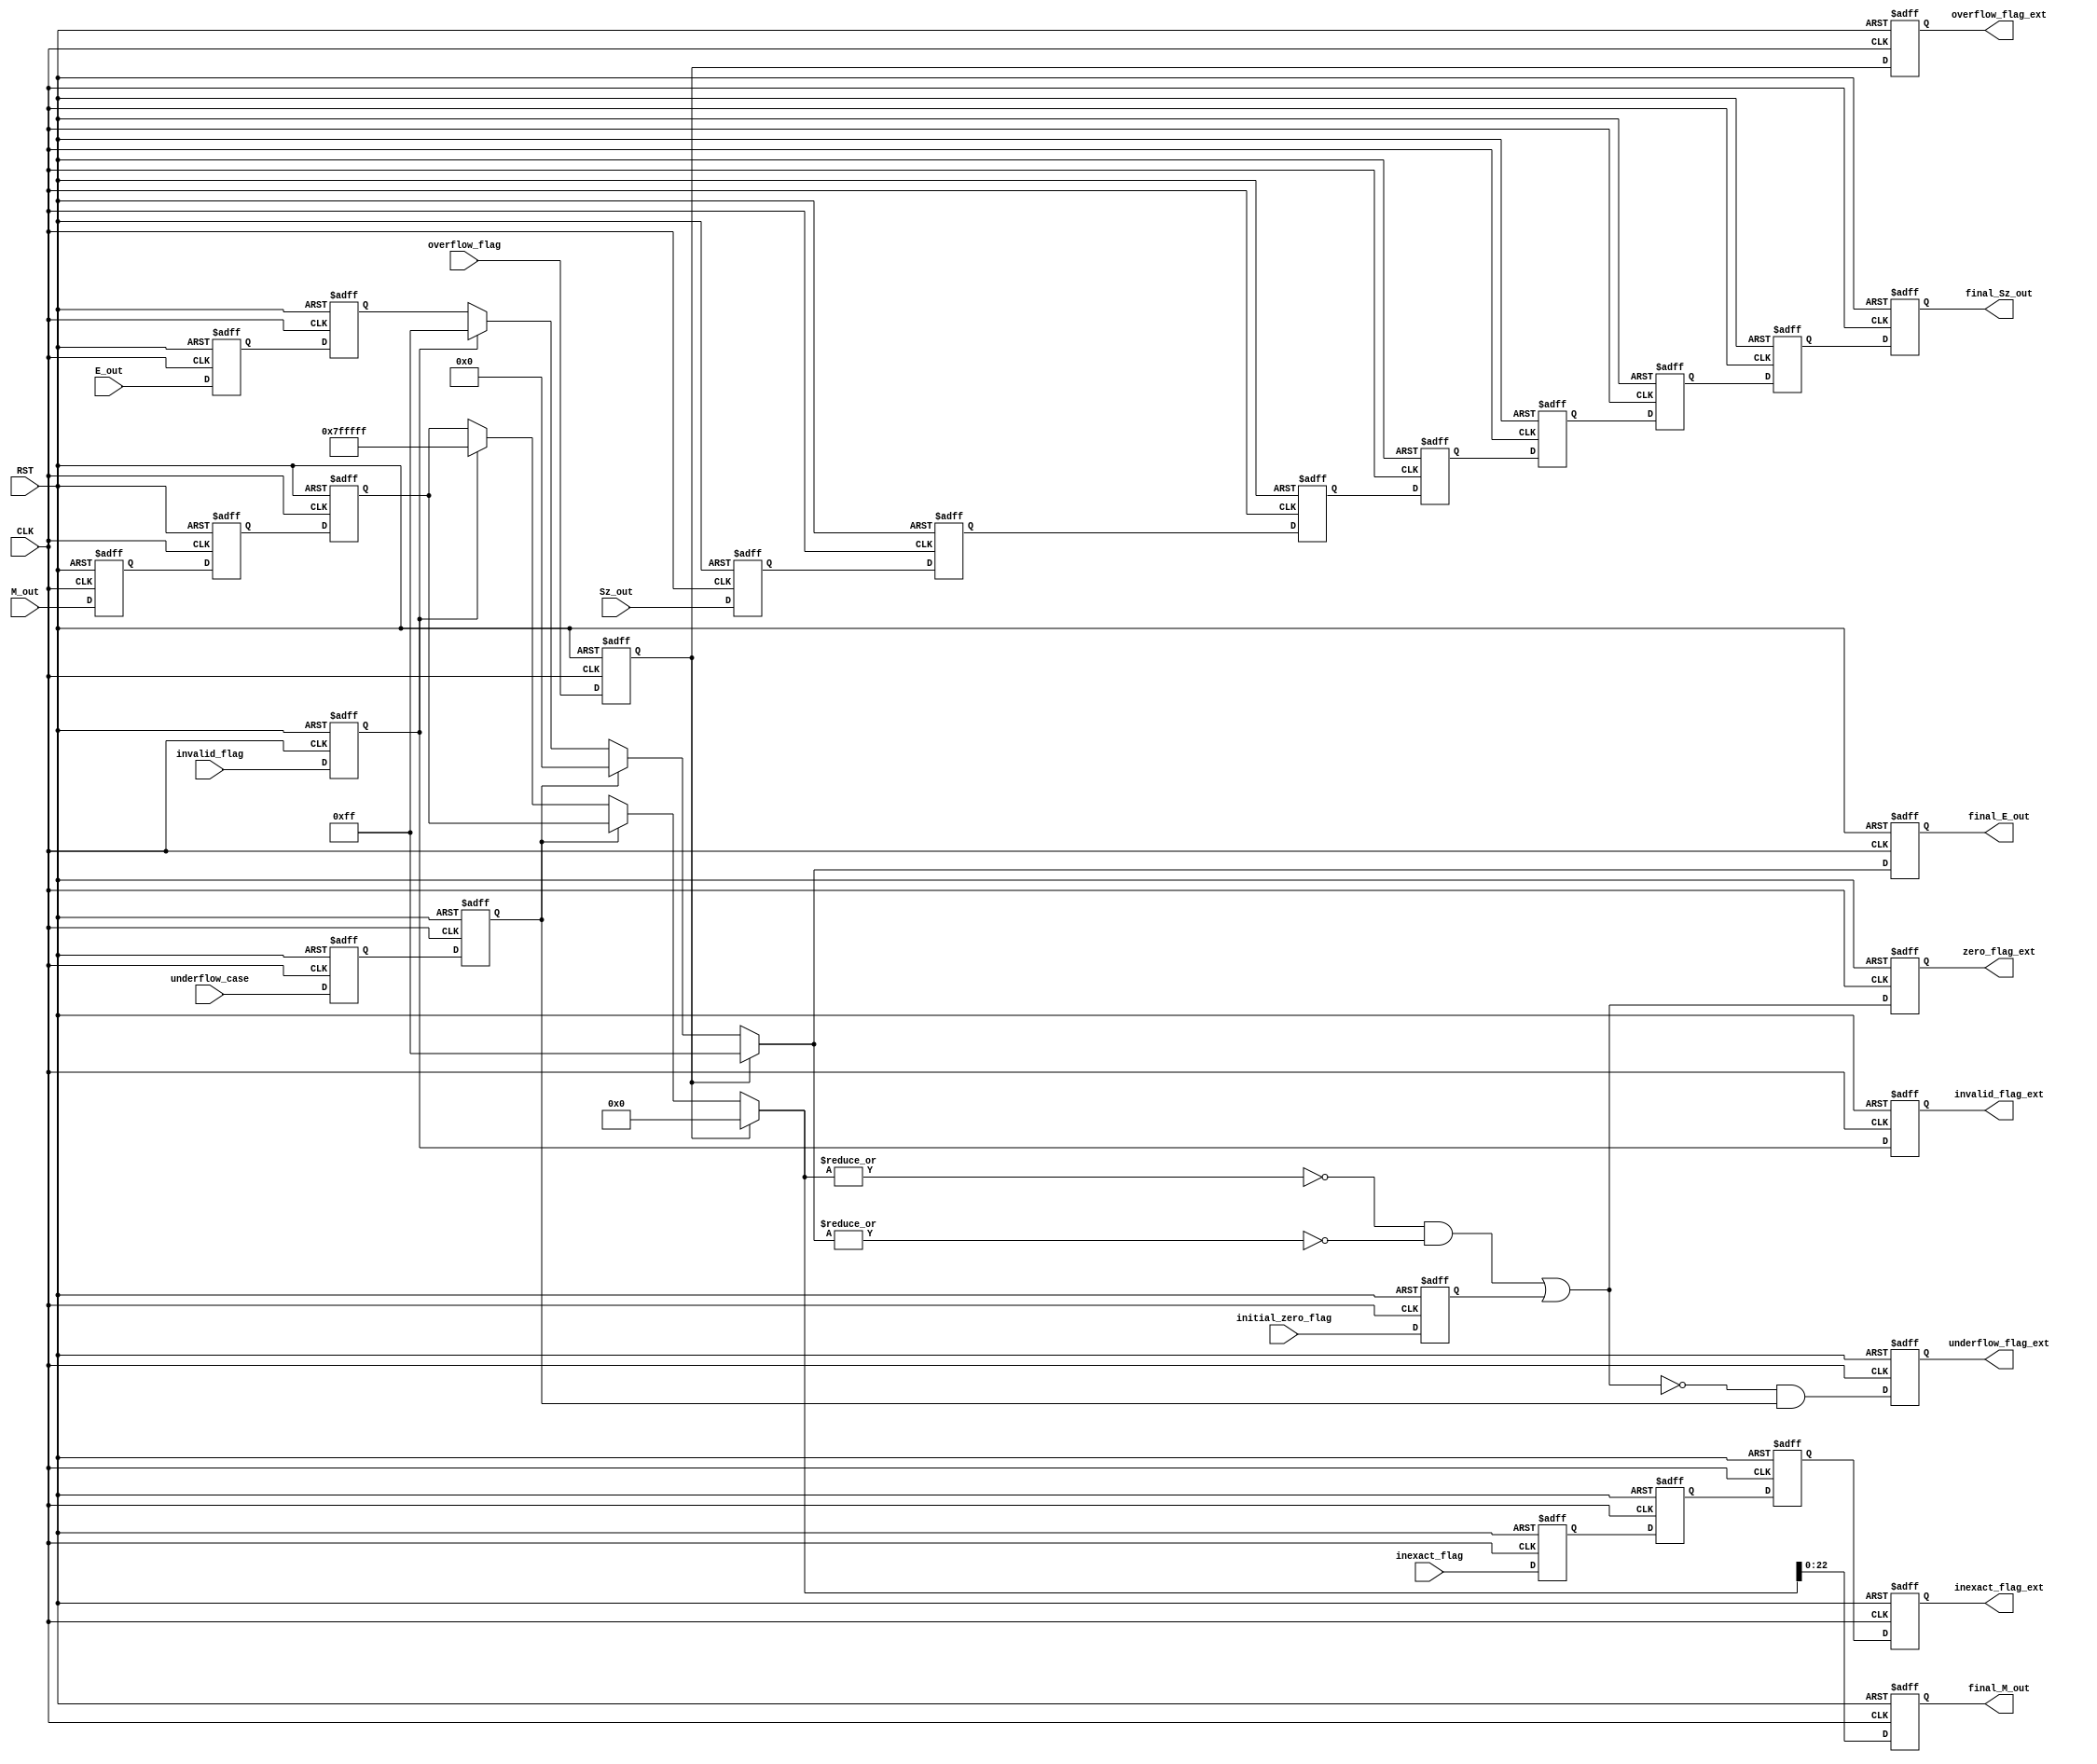
module final_output 
(
input  		wire 			CLK,RST,
input  		wire 			Sz_out,	
input		wire	[23:0] 	M_out ,
input	 	wire	[7:0] 	E_out ,
input 		wire  			initial_zero_flag,overflow_flag , underflow_case , invalid_flag , inexact_flag,

output		reg 	[22:0] 	final_M_out ,
output		reg		[7:0] 	final_E_out ,
output  	reg 			final_Sz_out ,


output 		reg  			invalid_flag_ext, zero_flag_ext,overflow_flag_ext , underflow_flag_ext ,inexact_flag_ext



) ;
 
reg		[7:0] 	denorm_exactValue;
reg 	[23:0] 	final_M_out_int ;
reg 	[7:0] 	final_E_out_int ;

reg zero_flag_int;

////////Flip_Flops

reg			invalid_flag_f, overflow_flag_f,
			inexact_flag_f1, inexact_flag_f2, inexact_flag_f3,
			initial_zero_flag_f,
			underflow_case_f, underflow_case_ff;

reg	[7:0] 	E_out_f, E_out_ff ;

reg	[23:0] 	M_out_f1, M_out_f2, M_out_f3 ;

reg			Sz_1, Sz_2, Sz_3, Sz_4, Sz_5, Sz_6, Sz_7 ;

always@(*)
begin 

		if (overflow_flag_f)
			begin
			
			final_M_out_int = 0 ;  
			final_E_out_int = 8'b  1111_1111 ; 
			end 
		else if (underflow_case_ff)
			begin
			final_M_out_int = M_out_f3;
			final_E_out_int = 0 ;
			end
		else if (invalid_flag_f) 
			begin
			final_M_out_int = 23'b 11111_11111_11111_11111_111 ;
			final_E_out_int = 8'b 1111_1111 ;
		
			end 
		else  
			begin
				final_M_out_int= M_out_f3 ;
				final_E_out_int = E_out_ff ; 
			end		
			
			
		zero_flag_int = ((~|final_M_out_int) & (~|final_E_out_int)) | initial_zero_flag_f ;

end 





always @ (posedge CLK or negedge RST )
	begin
	if (!RST) 
		begin
		
//////////////input
		
			invalid_flag_f		<= 0 ;
			overflow_flag_f		<= 0 ;
			
			inexact_flag_f1		<= 0 ;
			inexact_flag_f2		<= 0 ;
			inexact_flag_f3		<= 0 ;
			
			initial_zero_flag_f		<= 0 ;
			
			underflow_case_f		<= 0 ;
			underflow_case_ff		<= 0 ;
		
			E_out_f					<= 0 ;
			E_out_ff				<= 0 ;
			
			M_out_f1				<= 0 ;
			M_out_f2				<= 0 ;
			M_out_f3				<= 0 ;
			
			Sz_1 <=0 ; Sz_2 <=0 ; Sz_3 <=0 ; Sz_4 <=0 ; Sz_5 <=0 ; Sz_6 <=0 ; Sz_7 <=0 ;
		
		
		
		
/////////////output
			final_E_out 		<= 0 ;
			final_M_out 		<= 0 ;
			final_Sz_out		<= 0 ;
			
			overflow_flag_ext   <= 0 ;
			invalid_flag_ext    <= 0 ;
			zero_flag_ext		<= 0 ;
			underflow_flag_ext  <= 0 ;
			inexact_flag_ext	<= 0 ;
					
		end
		
	else
		begin
//////////////input

			invalid_flag_f		<= invalid_flag  ;
			overflow_flag_f		<= overflow_flag ;
			
			inexact_flag_f1		<= inexact_flag    ;
			inexact_flag_f2		<= inexact_flag_f1 ;
			inexact_flag_f3		<= inexact_flag_f2 ;

			initial_zero_flag_f		<= initial_zero_flag ;

			underflow_case_f		<= underflow_case 	;
			underflow_case_ff		<= underflow_case_f ;

			E_out_f					<= E_out   ;
			E_out_ff				<= E_out_f ;

			M_out_f1				<= M_out    ;
			M_out_f2				<= M_out_f1 ;
			M_out_f3				<= M_out_f2 ;
			
			Sz_1 <=Sz_out ; Sz_2 <=Sz_1 ; Sz_3 <=Sz_2 ; Sz_4 <=Sz_3 ; Sz_5 <=Sz_4 ; Sz_6 <=Sz_5 ; Sz_7 <=Sz_6 ;


/////////////output
			final_E_out			<= final_E_out_int;
			final_M_out 		<= final_M_out_int[22:0];
			final_Sz_out		<= Sz_7 ;
			
			overflow_flag_ext   <= overflow_flag_f ;
			invalid_flag_ext    <= invalid_flag_f ;
			
			zero_flag_ext		<= zero_flag_int ;
			underflow_flag_ext  <= (~zero_flag_int) & underflow_case_ff ;
			
			inexact_flag_ext	<= inexact_flag_f3 ;
		end			
	end



endmodule